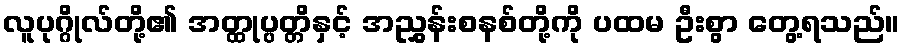
လူပုဂ္ဂိုလ်တို့၏ အတ္ထုပ္ပတ္တိနှင့် အညွှန်းစနစ်တို့ကို ပထမ ဦးစွာ တွေ့ရသည်။